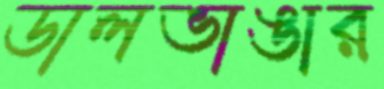
ডালভাঙার